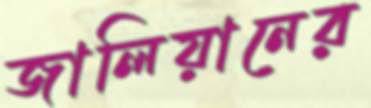
জালিয়ানের